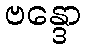
ဗန္ဒော